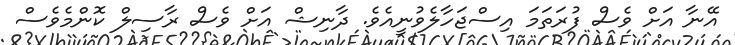
އޭނާ އަށް ވެސް ފުރަތަމަ އިސްޖަހާލެވުނީއެވެ. ދާނިޝް އަށް ވެސް ރާސިލް ކޮންމެވެސް